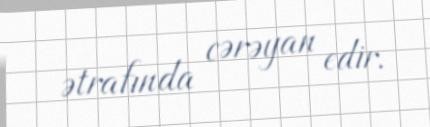
ətrafında cərəyan edir.